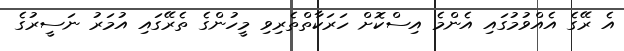
އެ ރޭގެ އެއްވުމުގައި އެންމެ އިސްކޮށް ހަރަކާތްތެރިވި މީހުންގެ ތެރޭގައި އުމަރު ނަސީރުގެ